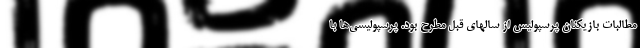
مطالبات بازیکنان پرسپولیس از سالهای قبل مطرح بود. پرسپولیسی‌ها با